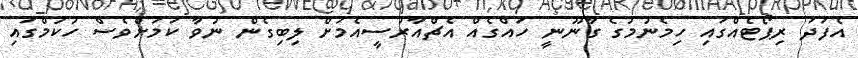
އެފަދަ ރިޕޯޓެއްގައި ހިމެނުމުގެ ގާނޫނީ ހައްގެއް އެޗްއާރުސީއެމަށް ލިބިގެން ނުވާ ކަމަށްވެސް ހުކުމްގައި